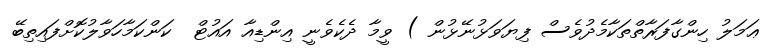
ޢަމަލު ހިންގާފަރާތްތަކާމެދުވެސް ފިޔަވަޅުނޭޅުން ) ވީމާ ދެކެވެނީ އިންޑިއާ އައުޓް  ކަންކަމާހަވާލުކޮށްފައިތިބޭ